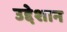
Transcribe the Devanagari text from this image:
उद्देशान